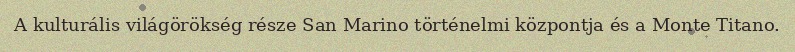
A kulturális világörökség része San Marino történelmi központja és a Monte Titano.